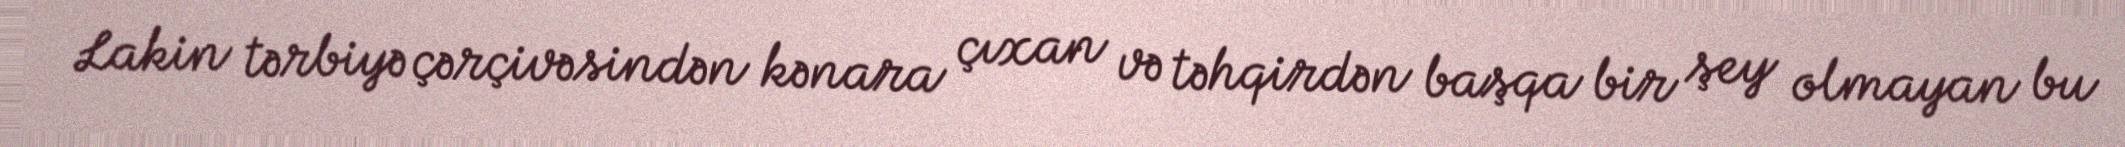
Lakin tərbiyə çərçivəsindən kənara çıxan və təhqirdən başqa bir şey olmayan bu